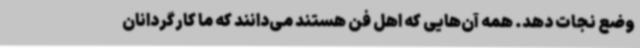
وضع نجات دهد. همه آن‌هایی که اهل فن هستند می‌دانند که ما کارگردانان